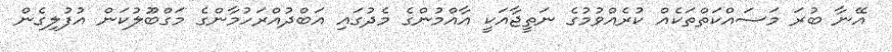
އޭނާ ބުރަ މަސައްކަތްތަކެއް ކުރެއްވުމުގެ ނަތީޖާއަކީ އާއްމުންގެ މެދުގައި އަބްދުއްރަހުމާންގެ މަގްބޫލުކަން އުފުލިގެން